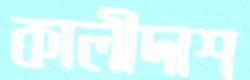
কালীদাশ